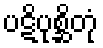
ပဋိပုစ္ဆိတုံ